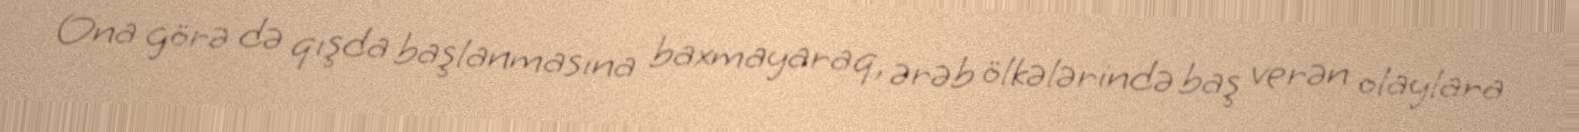
Ona görə də qışda başlanmasına baxmayaraq, ərəb ölkələrində baş verən olaylara